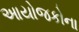
આયોજકોના